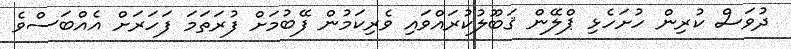
ދުވަސް ކުރިން ހުށަހެޅި ޕްލޭން ޤަބޫލުކުރައްވައި ވެރިކަމުން ފޭބުމަށް ފުރަތަމަ ފަހަރަށް އެއްބަސްވެ